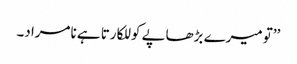
’’تو میرے بڑھاپے کو للکارتا ہے نامراد۔